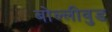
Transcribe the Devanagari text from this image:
बोल्लीवुड